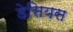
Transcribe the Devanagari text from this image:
डेसियस